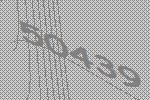
50439